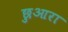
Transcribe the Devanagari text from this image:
छुआरा